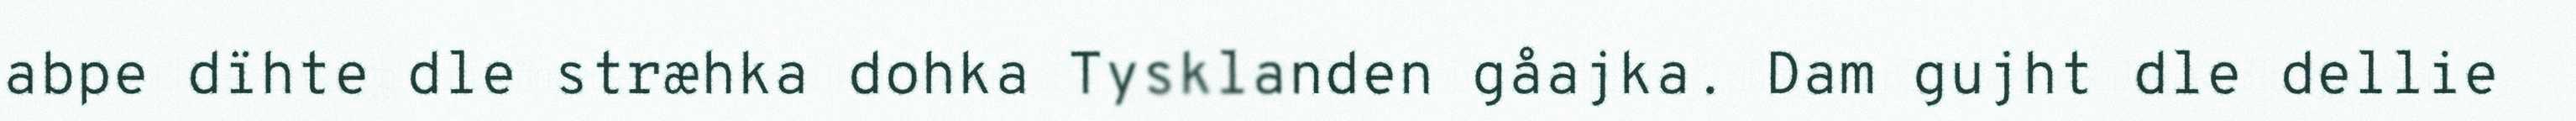
abpe dïhte dle stræhka dohka Tysklanden gåajka. Dam gujht dle dellie